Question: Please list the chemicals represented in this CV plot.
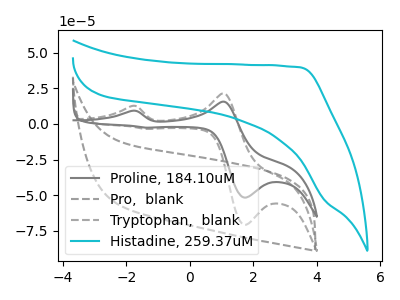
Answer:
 <answer>The gray curve is labeled "Proline, 184.10uM". The gray dashed curve is labeled "Pro,  blank". The gray dashed curve is labeled "Tryptophan,  blank". The cyan curve is labeled "Histadine, 259.37uM".</answer>
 <eval></eval>